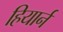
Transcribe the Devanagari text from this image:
हियार्न